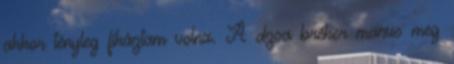
akkor tényleg fikáztam volna. A dzsa bréker manus meg